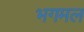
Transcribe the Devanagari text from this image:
भगमल